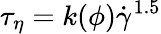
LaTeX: {{\tau}_{\eta}}=k(\phi){{\dot{\gamma}}^{1.5}}